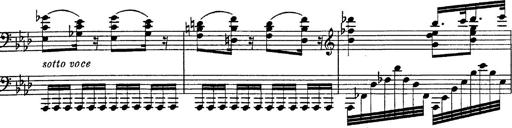
Title: Fantasie Ã¼ber Themen aus Mozarts Figaro und Don Giovanni
Composer: Franz Liszt